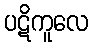
ပဋိကူလေ